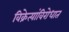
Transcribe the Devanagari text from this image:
विक्रेत्यांविरोधात